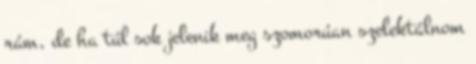
rám, de ha túl sok jelenik meg szomorúan szelektálnom